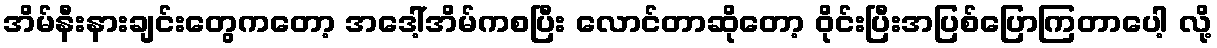
အိမ်နီးနားချင်းတွေကတော့ အဒေါ့်အိမ်ကစပြီး လောင်တာဆိုတော့ ၀ိုင်းပြီးအပြစ်ပြောကြတာပေါ့ လို့